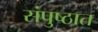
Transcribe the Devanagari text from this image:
संपुष्ठात